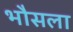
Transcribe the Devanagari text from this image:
भौसला